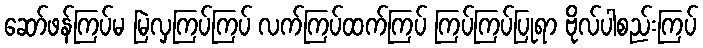
ဆော်ဖန်ကြပ်မ မြဲလှကြပ်ကြပ် လက်ကြပ်ထက်ကြပ် ကြပ်ကြပ်ပြုရာ ဗိုလ်ပါစည်းကြပ်